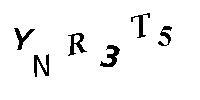
YNR3T5